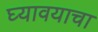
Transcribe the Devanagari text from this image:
घ्‍यावयाचा